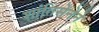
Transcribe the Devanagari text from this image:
शांतिसेनेने